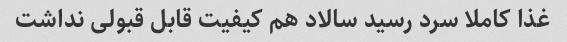
غذا کاملا سرد رسید سالاد هم کیفیت قابل قبولی نداشت